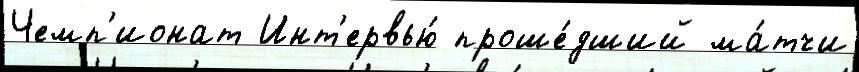
Чемп'ионат Инт'ервью́ проше́дший ма́тчи